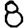
Digit: 8